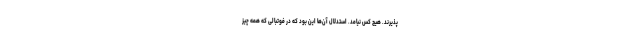
پذیرند. هیچ کس نیامد. استدلال آن‌ها این بود که در فوتبالی که همه چیز